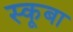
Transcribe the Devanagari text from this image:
स्‍कूबा